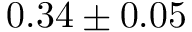
0 . 3 4 \pm 0 . 0 5